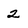
Character: 2